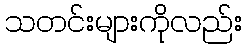
သတင်းများကိုလည်း